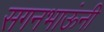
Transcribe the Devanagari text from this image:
सगनभाऊंनी